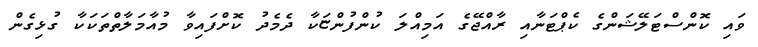
ވައި ކޮންސްޓަލޭޝަންގެ ކެޕްޓަނާއި ރާއްޖޭގެ އަމިއްލަ ކުންފުންޏަކާ ދެމެދު ކޮށްފައިވާ މުއާމަލާތްތަކަކާ ގުޅިގެން